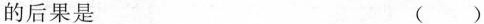
的后果是 ( )